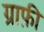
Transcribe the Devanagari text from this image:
ग्राफ़ी